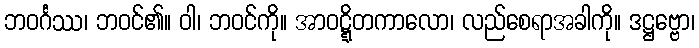
ဘဝင်္ဂဿ၊ ဘဝင်၏။ ဝါ၊ ဘဝင်ကို။ အာဝဋ္ဋိတကာလော၊ လည်စေရာအခါကို။ ဒဋ္ဌဗ္ဗော၊